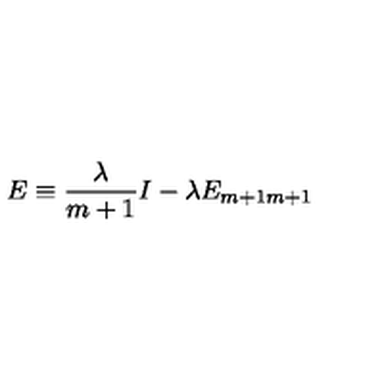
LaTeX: E \equiv \frac { \lambda } { m + 1 } I - \lambda E _ { m + 1 m + 1 }